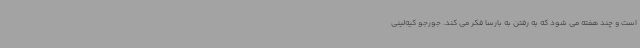
است و چند هفته می شود که به رفتن به بارسا فکر می کند. جورجو کیه‌لینی